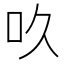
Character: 𠮻